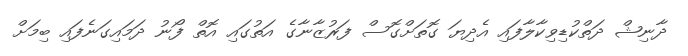
ދާނިޝް ދަތްކުޑިވިކާލާފައި އެދިޔަ ގޮތަށްގޮސް ފަރުޒާނާގެ އަތުގައި އޮތް ފޯނު ދަމައިގަނެފައި ބިމަށް